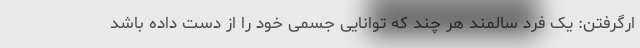
ارگرفتن: یک فرد سالمند هر چند که توانایی جسمی خود را از دست داده باشد